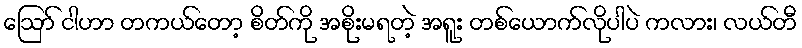
ဪ ငါဟာ တကယ်တော့ စိတ်ကို အစိုးမရတဲ့ အရူး တစ်ယောက်လိုပါပဲ ကလား၊ လယ်တီ